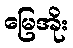
မြေအိုး